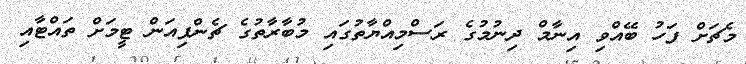
މެޗަށް ފަހު ބޭއްވި އިނާމް ދިނުމުގެ ރަސްމިއްޔާތުގައި މުބާރާތުގެ ޗެންޕިއަން ޓީމަށް ތައްޓާއި